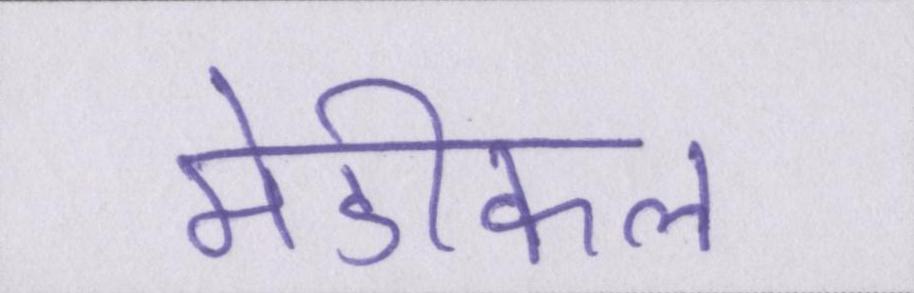
मेडीकल